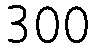
300